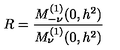
R = \frac { M _ { - \nu } ^ { ( 1 ) } ( 0 , h ^ { 2 } ) } { M _ { \nu } ^ { ( 1 ) } ( 0 , h ^ { 2 } ) }